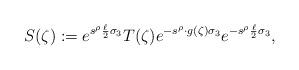
LaTeX: \begin{align*} S(\zeta) := e^{s^{\rho} \frac{\ell}{2} \sigma_3} T(\zeta) e^{-s^{\rho} \cdot g(\zeta) \sigma_3} e^{-s^{\rho} \frac{\ell}{2} \sigma_3},\end{align*}